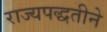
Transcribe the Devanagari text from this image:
राज्यपद्धतीने